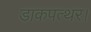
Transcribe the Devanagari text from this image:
डाकपत्थर।